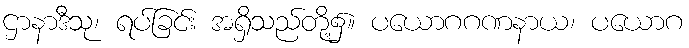
ဌာနာဒီသု၊ ရပ်ခြင်း အရှိသည်တို့၌။ ပယောဂဂဏနာယ၊ ပယောဂ